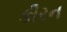
કીરન